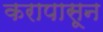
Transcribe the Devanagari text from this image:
करापासून